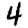
Digit: 4